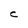
Character: C